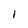
Character: l